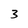
Character: 3